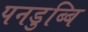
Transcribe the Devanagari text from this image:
पनडुब्बि